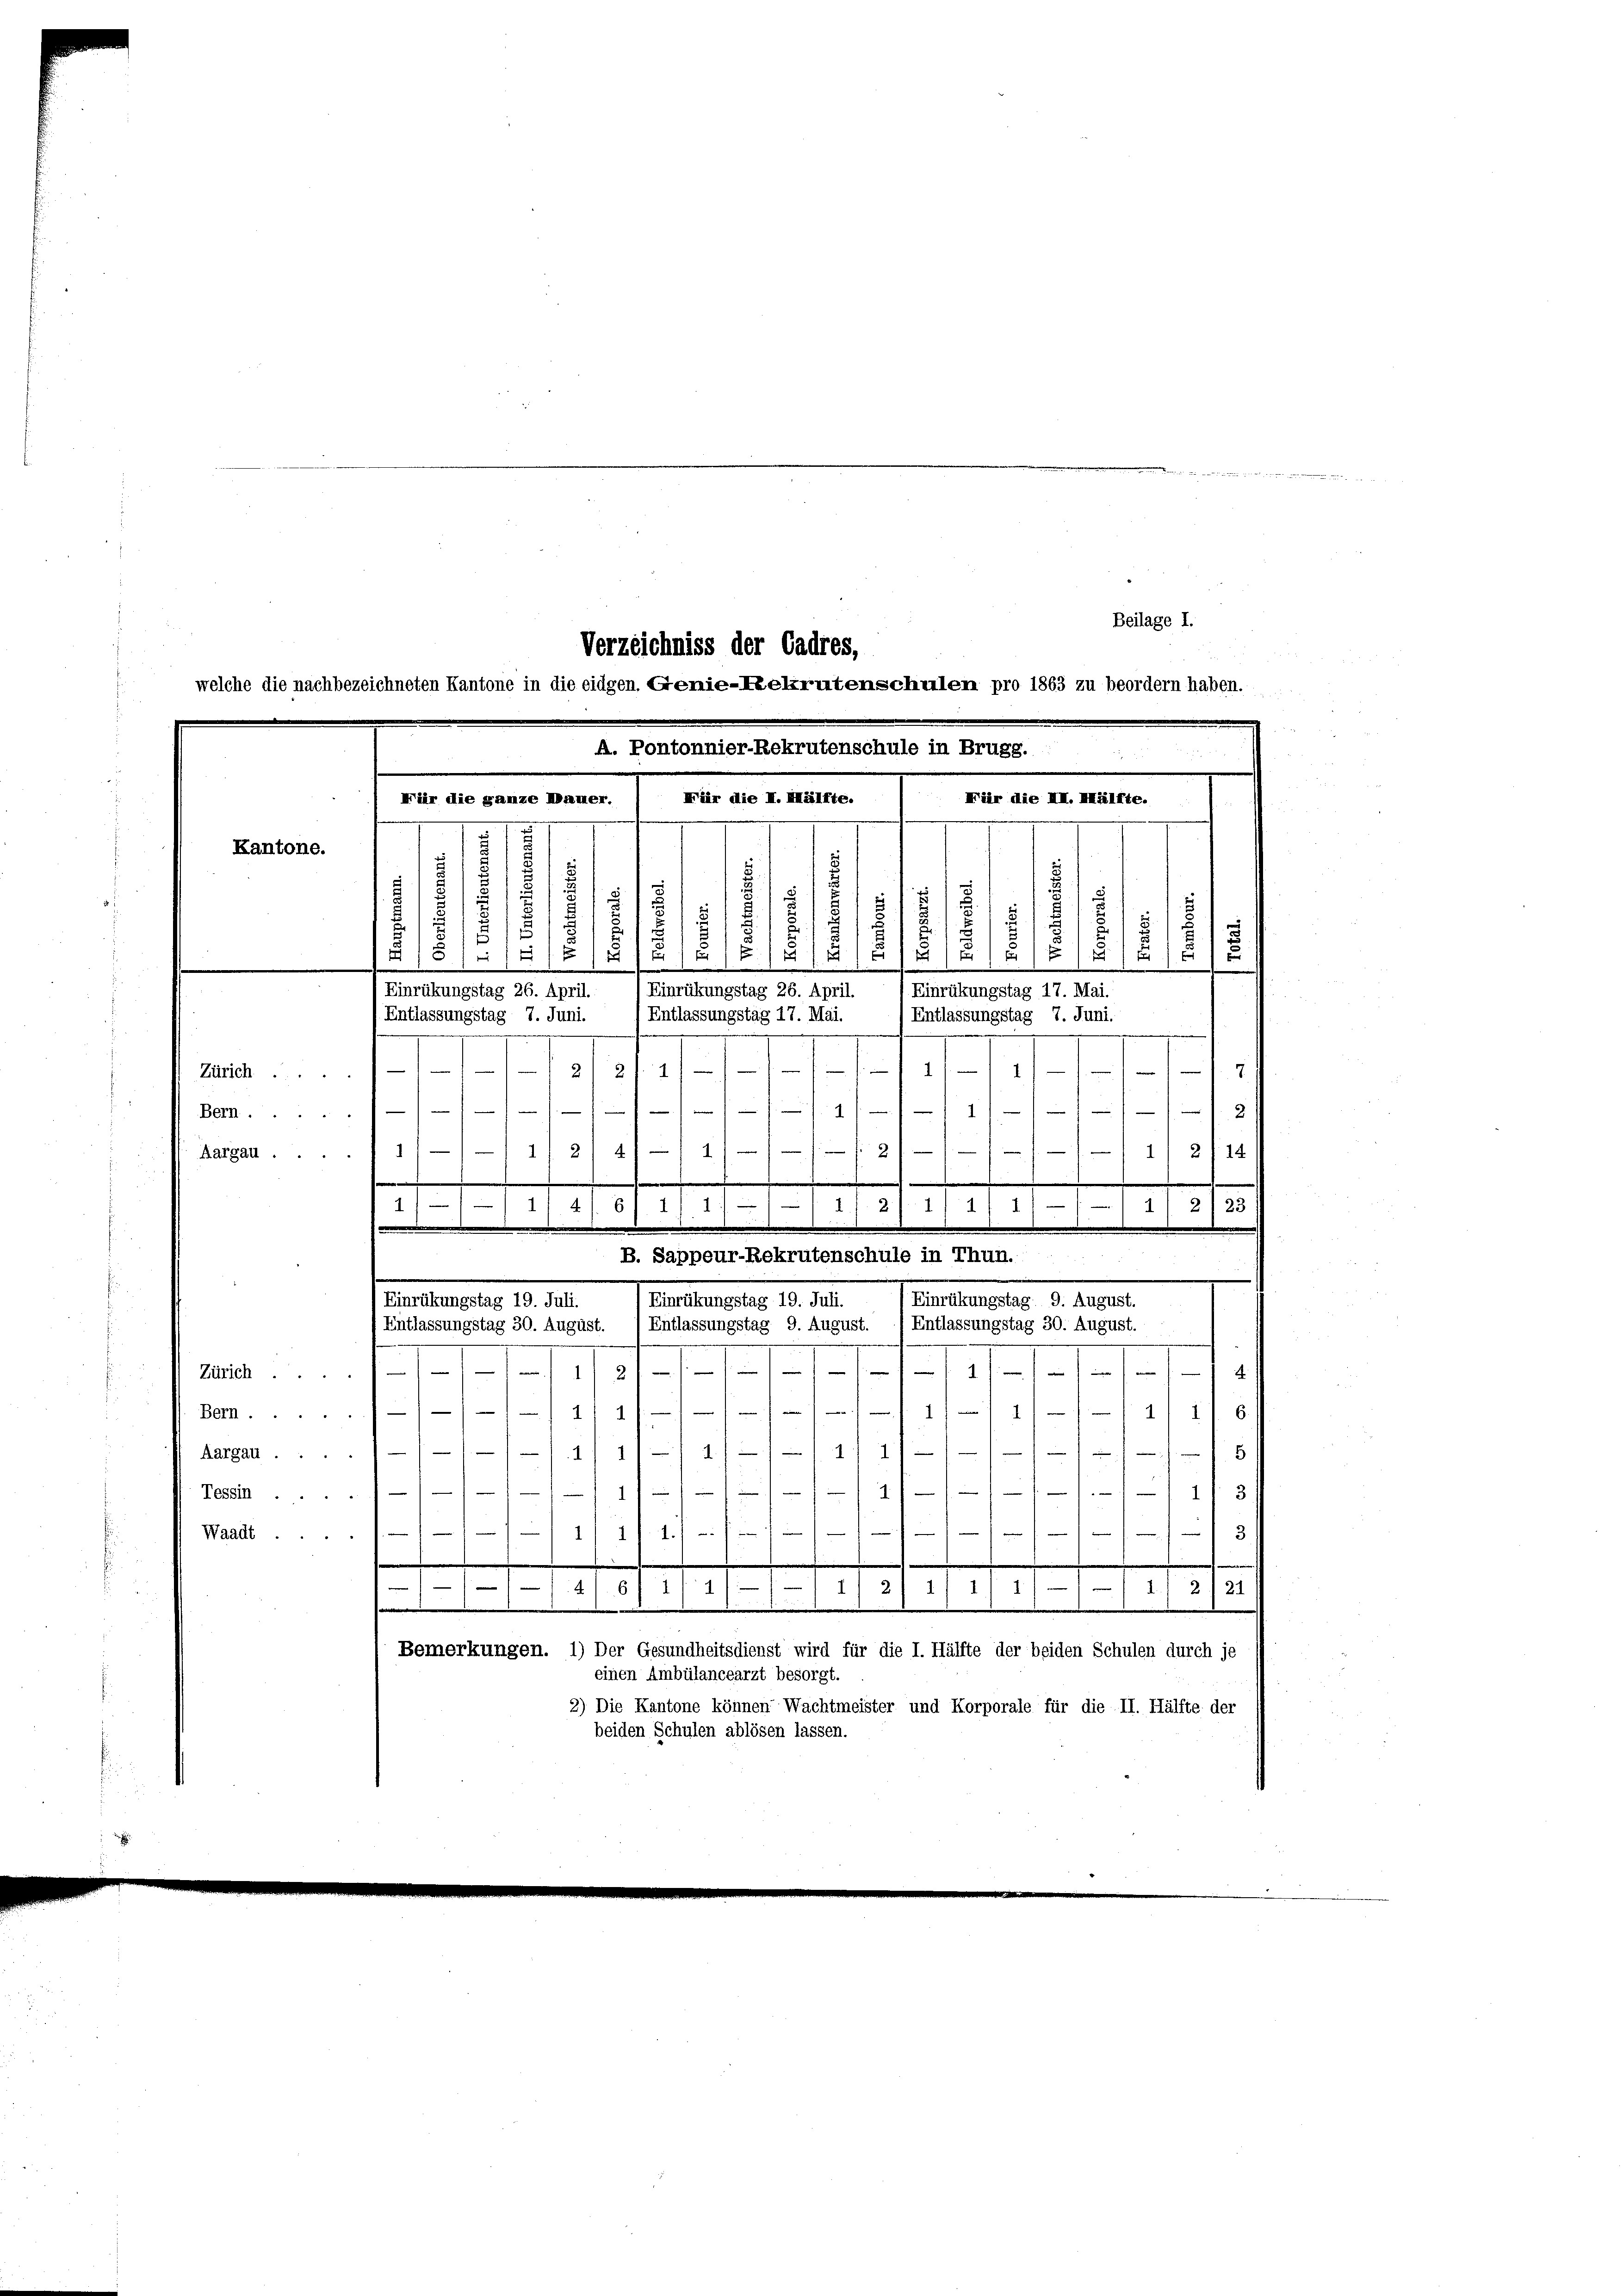
Beilage I.
Verzeichniss der Cadres,
welche die nachbezeichneten Kantone in die eidgen. Genie-Kelrutenschulen pro 1863 zu beordern haben.

A. Pontonnier-Rekrutenschule in Brugg.
.
Für die II. Mälfte.
Mär die III. Hälfte.
Für die ganze Mauer.
Kantone.

.
5
18
u
15
5 f 14
15
Einrükungstag 26. April.
Entlassungstag 7. Juni.
e

11
1
2/2/11
7
Zürich ....
2
)
1
s
e
Bern.1
1
1
4
2
3

1/2 f 14
1
Aargau
f
.
d
.
.
4
 11. 15ten
.
e
Zürich ..
1/1 11 4111 6

Bern
n
8
414.
Aargau.

171 f. 3 f
1.
Tessin ...
u
.

3
Waadt
.
.
418 f 2 1/2 11/11/11 221
.
Bemerkungen. 1) Der Gesundheitsdienst wird für die I. Hälfte der beiden Schulen durch je
einen Ambülancearzt besorgt.
2) Die Kantone können Wachtmeister und Korporale für die II. Hälfte der
beiden Schulen ablösen lassen.

.
s
.
1
x
2/ 18
12)

181
Einrükungstag 26. April.
Einrückungstag 17. Mai.
(Entlassungstag 17. Mai.
)Entlassungstag 7. Juni.

414. 61. 1) 11/1 11 2/ 1/ 1/ 1) — 1
1
115/10
e
.
.
B. Sappeur-Rekrutenschule in Thun.
Einrükungstag 9. August.
Einrükungstag 19. Juli.
Einrükungstag 19. Juli.
Entlassungstag 30. August.
f Entlassungstag 30. August. / Entlassungstag 9. August.